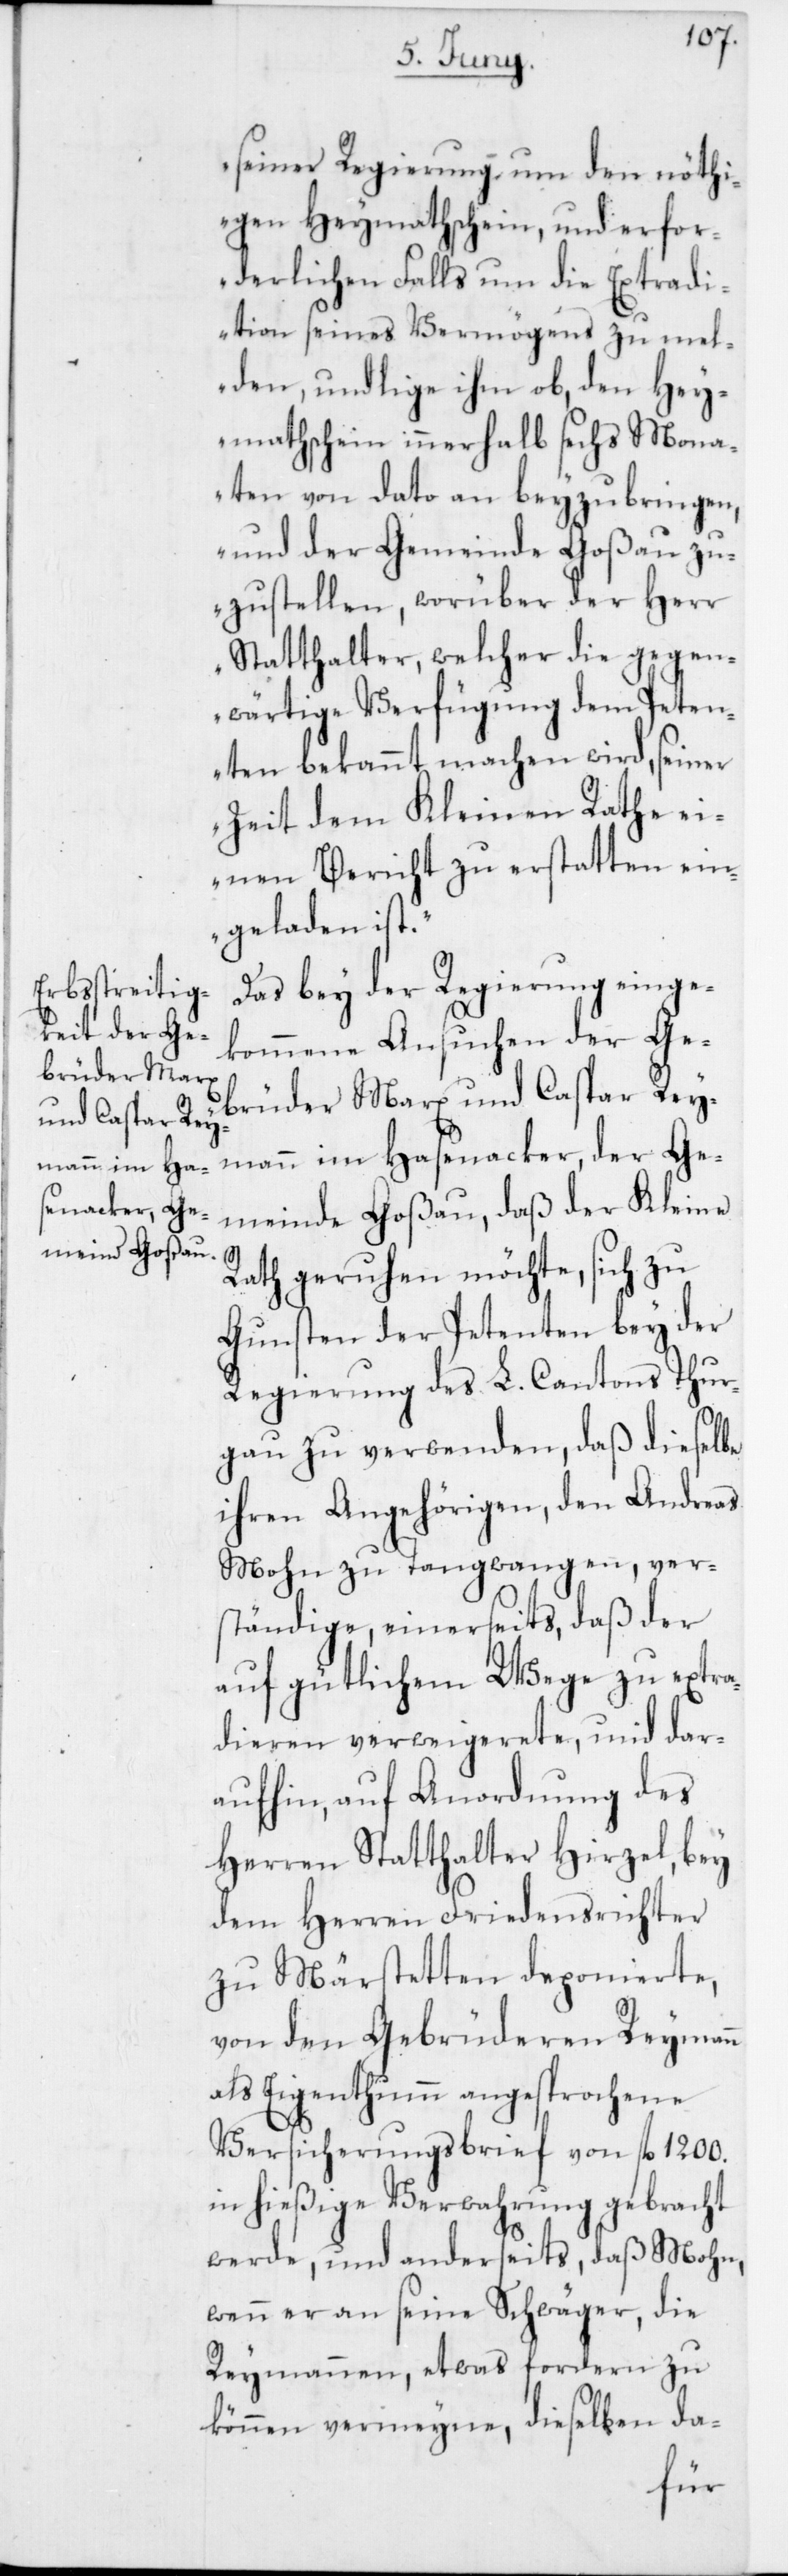
seiner Regierung um den nöthi¬
gen Heymathschein und erfor¬
derlichen Falls um die Extradi¬
tion seines Vermögens zu mel¬
den, und lige ihm ob, den Hey¬
mathschein innerhalb sechs Mona¬
ten von dato an beyzubringen,
und der Gemeinde Goßau zu¬
zustellen, worüber der Herr
Statthalter, welcher die gegen¬
wärtige Verfügung dem Peten¬
ten bekannt machen wird, seiner
Zeit dem Kleinen Rathe ei¬
nen Bericht zu erstatten ein¬
geladen ist.“
Das bey der Regierung einge¬
kommene Ansuchen der Ge¬
brüder Marx und Caspar Rey¬
mann im Hasenacker, der Ge¬
meinde Goßau, daß der Kleine
Rath geruhen möchte, sich zu
Gunsten der Petenten bey der
Regierung des L. Cantons Thur¬
gau zu verwenden, daß dieselbe
ihren Angehörigen, den Andreas
Mohn zu Tangwangen ver¬
ständige, einerseits daß der
auf gütlichem Wege zu extra¬
dieren verweigerete, und dar¬
aufhin auf Anordnung des
Herren Statthalter Hirzel, bey
dem Herren Friedensrichter
zu Märstetten deponierte,
von den Gebrüderen Reymann
als Eigenthumm angesprochene
Versicherungsbrief von fl. 1200.
in hießige Verwahrung gebracht
werde, und anderseits, daß Mohn,
wenn er an seine Schwäger die
Reymann, etwas fordern zu
können vermeyne, dieselben da-